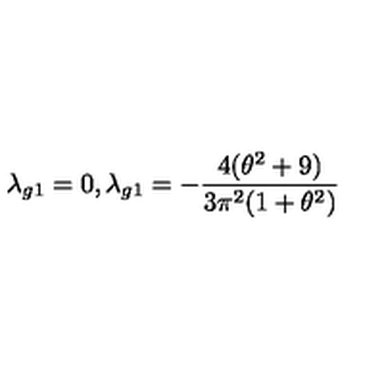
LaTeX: \lambda _ { g 1 } = 0 , \lambda _ { g 1 } = - \frac { 4 ( \theta ^ { 2 } + 9 ) } { 3 \pi ^ { 2 } ( 1 + \theta ^ { 2 } ) }